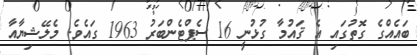
ބައެއްގެ ގޮތުގައި އެ ޤައުމާ ގުޅުނީ 16 ސެޕްޓެންބަރު 1963 ގައެވެ. މެލޭޝިޔާއާ